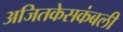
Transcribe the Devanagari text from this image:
अजितकेसकंबली